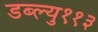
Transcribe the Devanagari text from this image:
डब्ल्यु११३